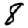
Digit: 8